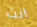
انت